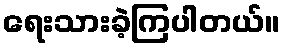
ရေးသားခဲ့ကြပါတယ်။